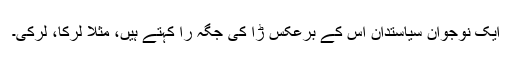
ایک نوجوان سیاستدان اس کے برعکس ڑا کی جگہ را کہتے ہیں، مثلاً لرکا، لرکی۔